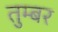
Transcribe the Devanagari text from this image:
तुम्बर